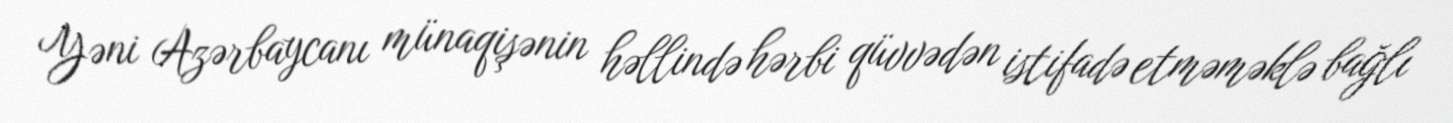
Yəni Azərbaycanı münaqişənin həllində hərbi qüvvədən istifadə etməməklə bağlı